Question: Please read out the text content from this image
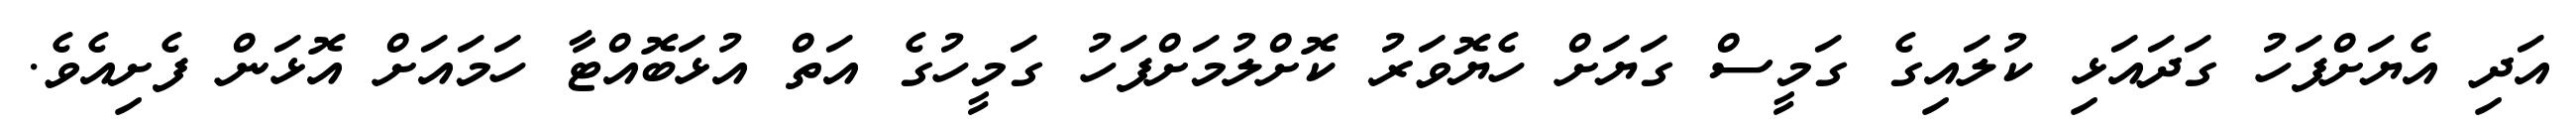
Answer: އަދި އެޔަށްފަހު ގަދައަޅި ކުލައިގެ ގަމީސް ގަޔަށް ހެޔޮވަރު ކޮށްލުމަށްފަހު ގަމީހުގެ އަތް އުޅަބޮއްޓާ ހަމައަށް އޮޅަން ފެށިއެވެ.